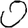
Digit: 0